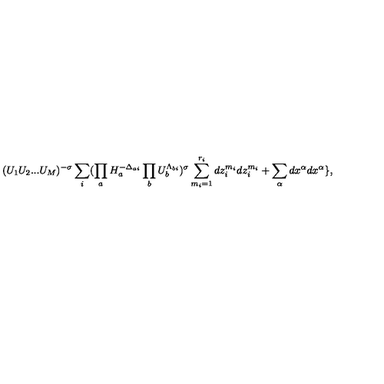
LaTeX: ( U _ { 1 } U _ { 2 } . . . U _ { M } ) ^ { - \sigma } \sum _ { i } ( \prod _ { a } H _ { a } ^ { - \Delta _ { a i } } \prod _ { b } U _ { b } ^ { \Lambda _ { b i } } ) ^ { \sigma } \sum _ { m _ { i } = 1 } ^ { r _ { i } } d z _ { i } ^ { m _ { i } } d z _ { i } ^ { m _ { i } } + \sum _ { \alpha } d x ^ { \alpha } d x ^ { \alpha } \} ,